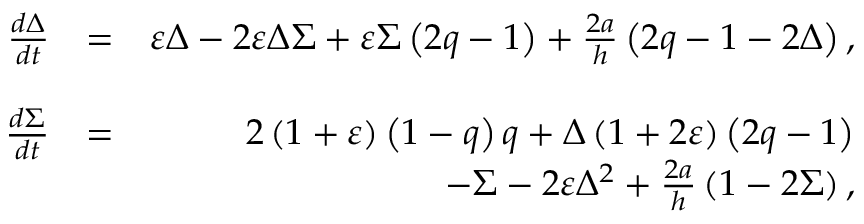
\begin{array} { r l r } { \frac { d \Delta } { d t } } & { = } & { \varepsilon \Delta - 2 \varepsilon \Delta \Sigma + \varepsilon \Sigma \left( 2 q - 1 \right) + \frac { 2 a } { h } \left( 2 q - 1 - 2 \Delta \right) , } \\ & { } & \\ { \frac { d \Sigma } { d t } } & { = } & { 2 \left( 1 + \varepsilon \right) \left( 1 - q \right) q + \Delta \left( 1 + 2 \varepsilon \right) \left( 2 q - 1 \right) } \\ & { } & { - \Sigma - 2 \varepsilon \Delta ^ { 2 } + \frac { 2 a } { h } \left( 1 - 2 \Sigma \right) , } \end{array}